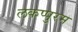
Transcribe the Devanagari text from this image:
लकप्पुरम